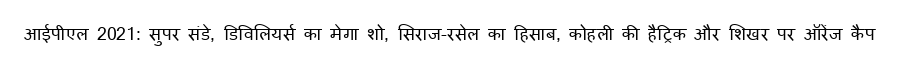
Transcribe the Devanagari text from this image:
आईपीएल 2021: सुपर संडे, डिविलियर्स का मेगा शो, सिराज-रसेल का हिसाब, कोहली की हैट्रिक और शिखर पर ऑरेंज कैप